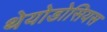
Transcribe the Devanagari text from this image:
थेयोडोसियस